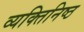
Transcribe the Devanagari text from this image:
व्यक्‍तिनिष्‍ठ